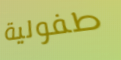
طفولية